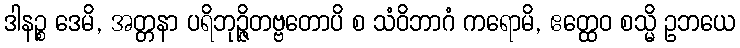
ဒါနဉ္စ ဒေမိ, အတ္တနာ ပရိဘုဉ္ဇိတဗ္ဗတောပိ စ သံဝိဘာဂံ ကရောမိ, ဧတ္ထေဝ စသ္မိ ဥဘယေ